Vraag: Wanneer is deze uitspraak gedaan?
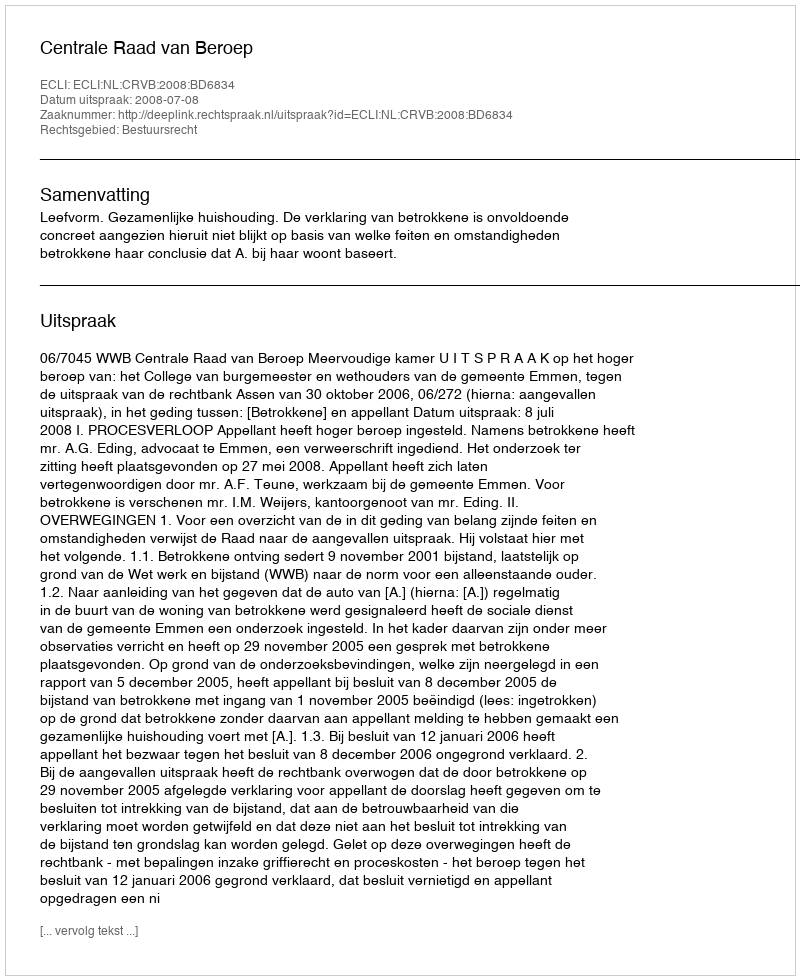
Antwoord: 2008-07-08